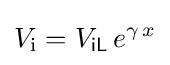
V_{\mathrm {i} }=V_{\mathsf {iL}}\,e^{\gamma \,x}\,\!